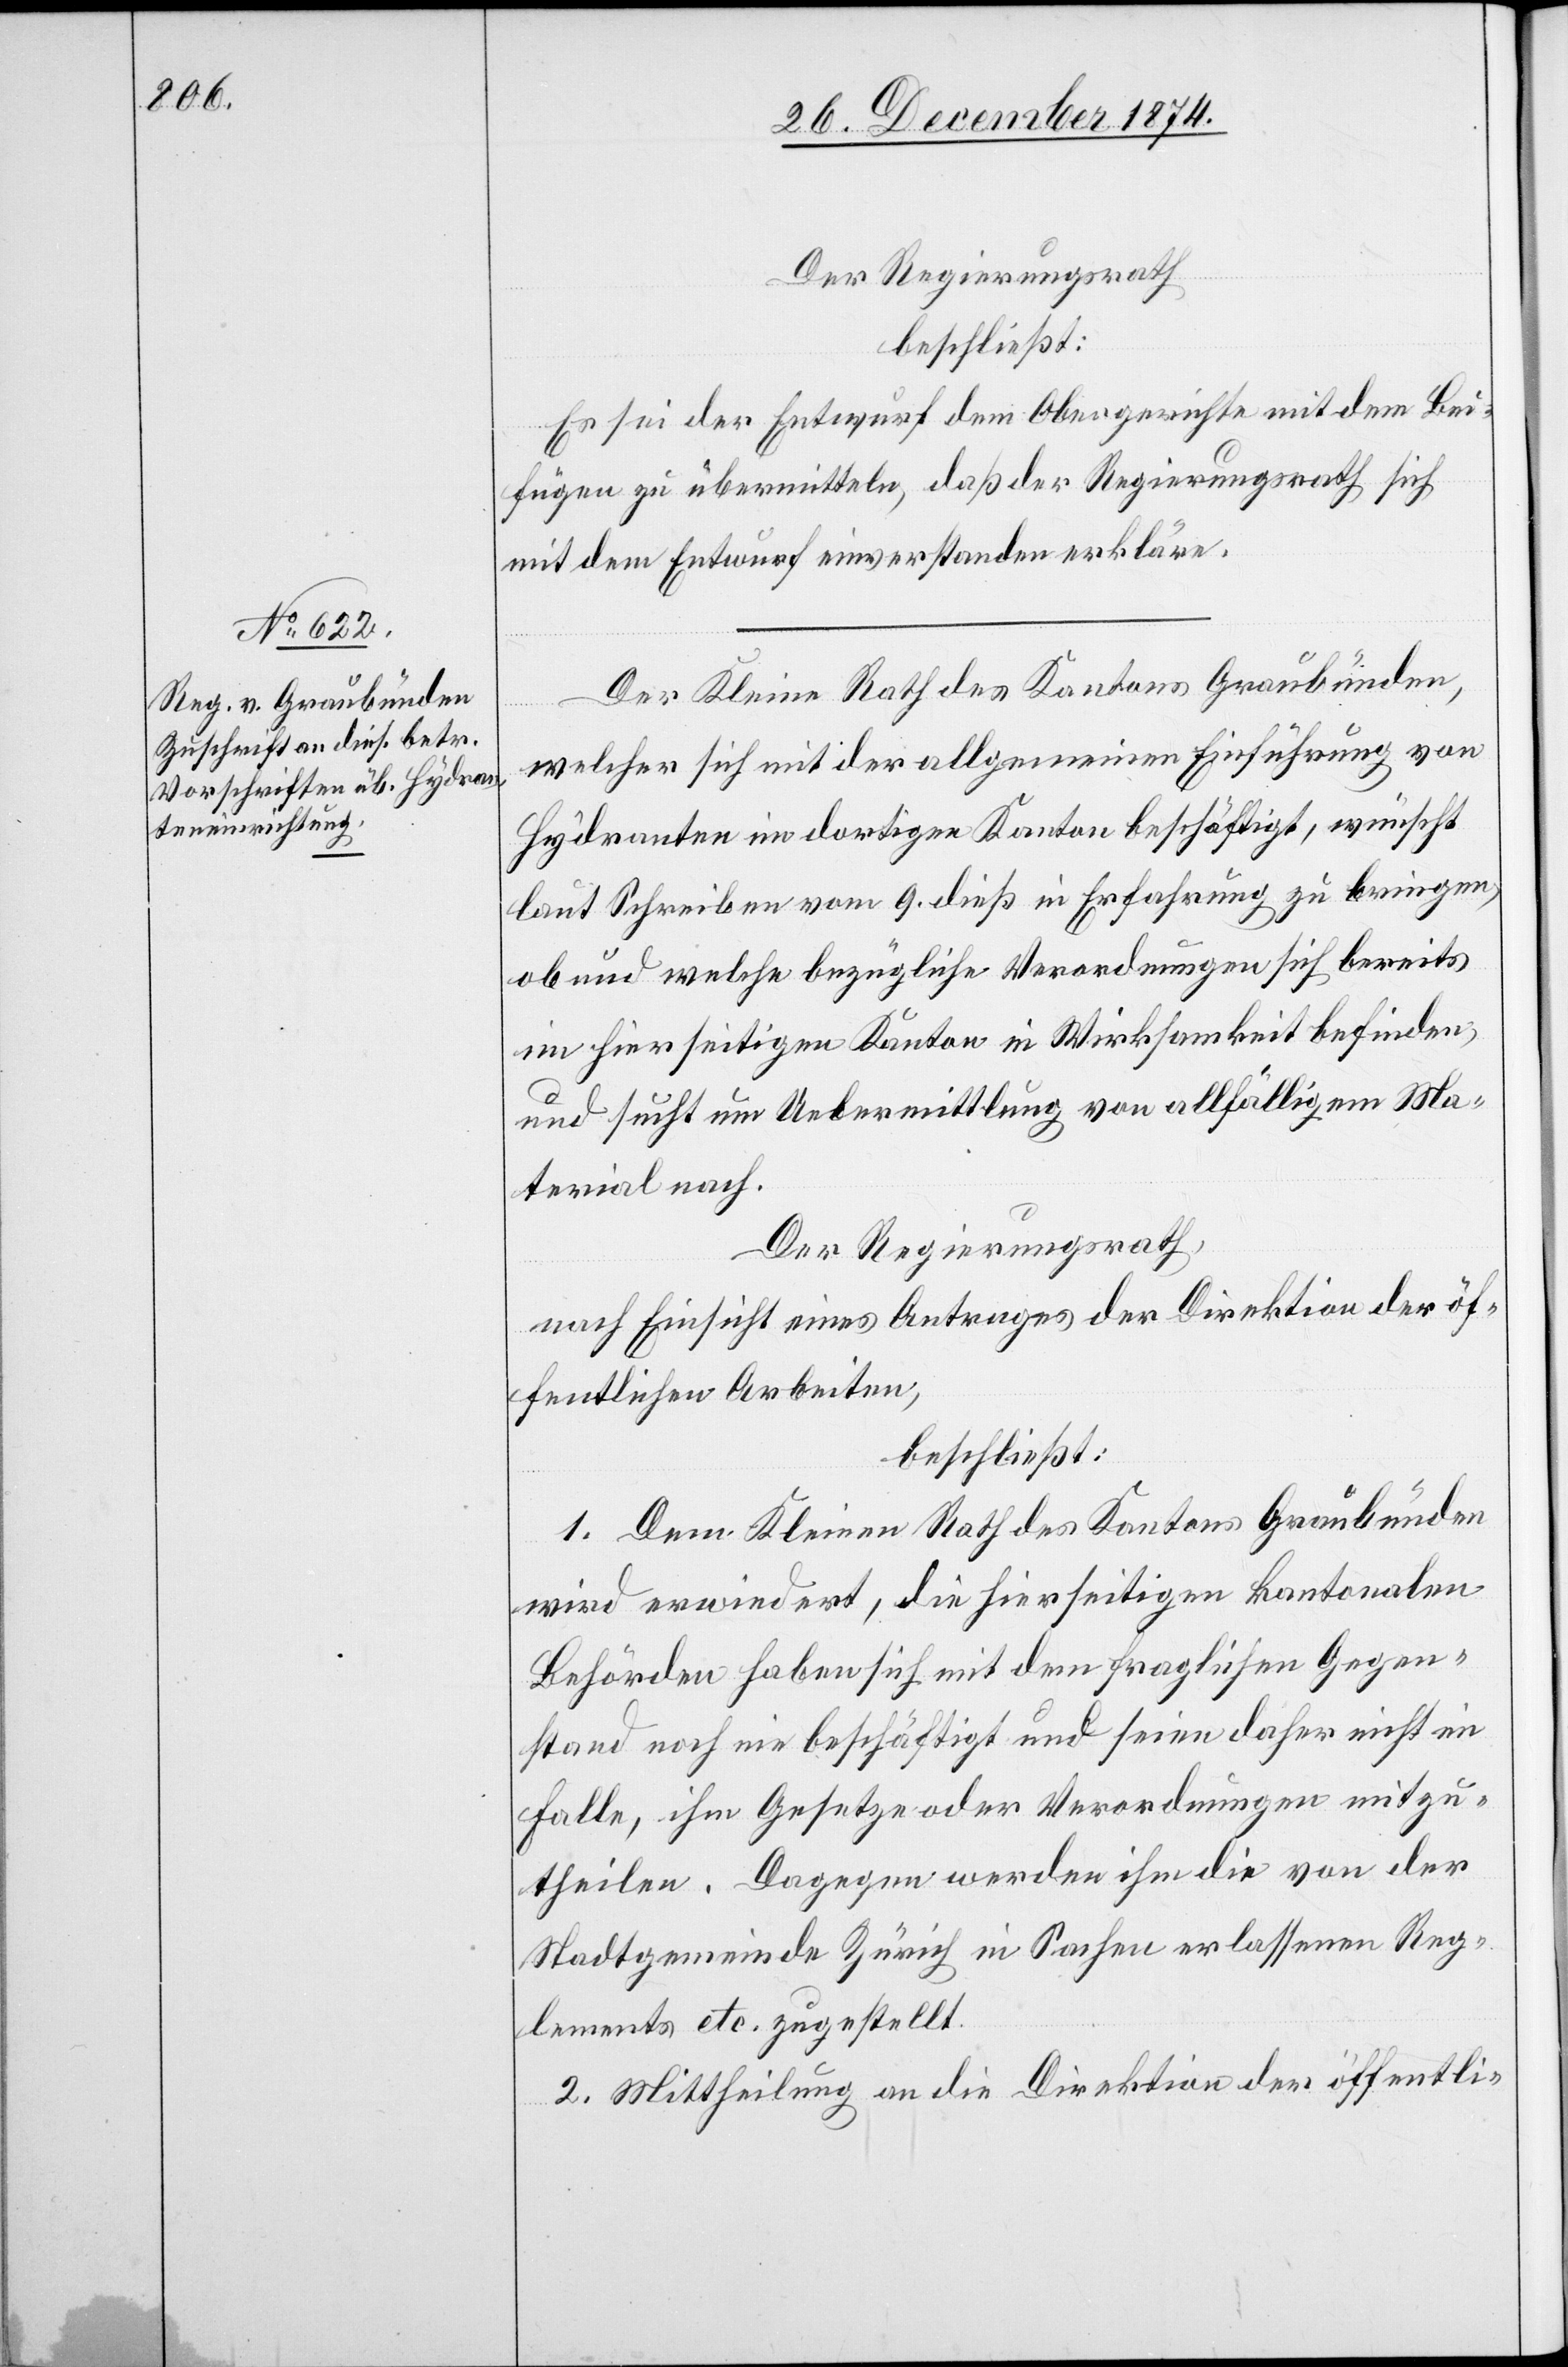
28. December 1874.]
Der Regierungsrath
beschließt:
Es sei der Entwurf dem Obergerichte mit dem Bei¬
fügen zu übermitteln, daß der Regierungsrath sich
mit dem Entwurf einverstanden erkläre.
Der Kleine Rath des Kantons Graubünden,
welcher sich mit der allgemeinen Einführung von
Hydranten im dortigen Kanton beschäftigt, wünscht
laut Schreiben vom 9. dieß in Erfahrung zu bringen,
ob und welche bezügliche Verordnungen sich bereits
im hierseitigen Kanton in Wirksamkeit befinden,
und sucht um Uebermittlung von allfälligem Ma¬
terial nach.
Der Regierungsrath,
nach Einsicht eines Antrages der Direktion der öf¬
fentlichen Arbeiten,
beschließt:
1. Dem Kleinen Rath des Kantons Graubünden
wird erwiedert, die hierseitigen kantonalen
Behörden haben sich mit dem fraglichen Gegen¬
stand noch nie beschäftigt und seien daher nicht im
Falle, ihm Gesetze oder Verordnungen mitzu¬
theilen. Dagegen werden ihm die von der
Stadtgemeinde Zürich in Sachen erlassenen Reg¬
lements etc. zugestellt.
2. Mittheilung an die Direktion der öffentli-